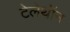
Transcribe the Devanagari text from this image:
टेलेथॉन